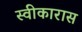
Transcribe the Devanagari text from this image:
स्वीकारास